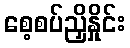
စေ့စပ်ညှိနှိုင်း